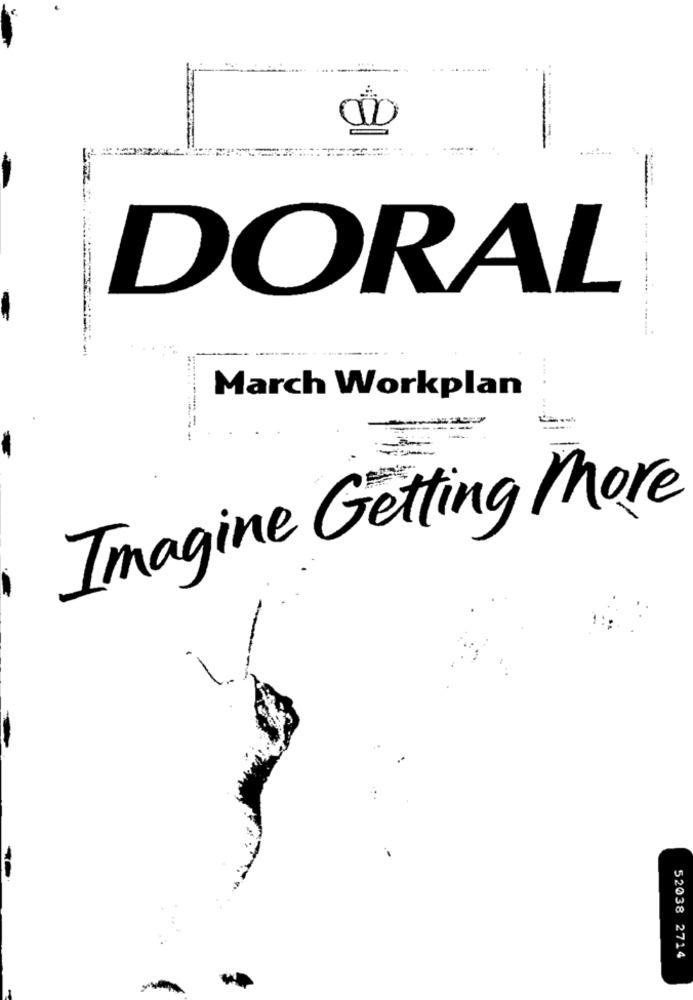
DORAL
. ...
March Workplan
Imagine Getting More
52038 2714